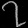
Digit: ၇